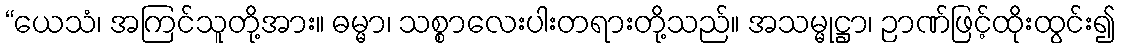
“ယေသံ၊ အကြင်သူတို့အား။ ဓမ္မာ၊ သစ္စာလေးပါးတရားတို့သည်။ အသမ္မုဋ္ဌာ၊ ဉာဏ်ဖြင့်ထိုးထွင်း၍